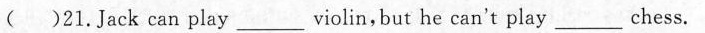
( )21.Jack can play ___ violin,but he can't play ___ chess.